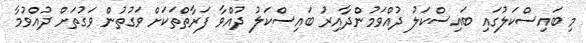
މި ބައިސްކަލުގައި ބައިސްކަލު ދުއްވަމުންދާއިރު ބައިސްކަލު ދުއްވާ ފަރާތްތަކަށް ވަގުތުން ވަގުތަށް ދުއްވުމާ